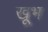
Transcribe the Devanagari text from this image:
खूभ